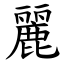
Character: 麗